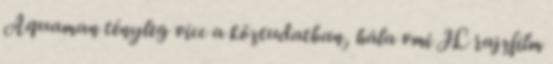
Aquaman tényleg vicc a köztudatban, hála vmi JL rajzfilm